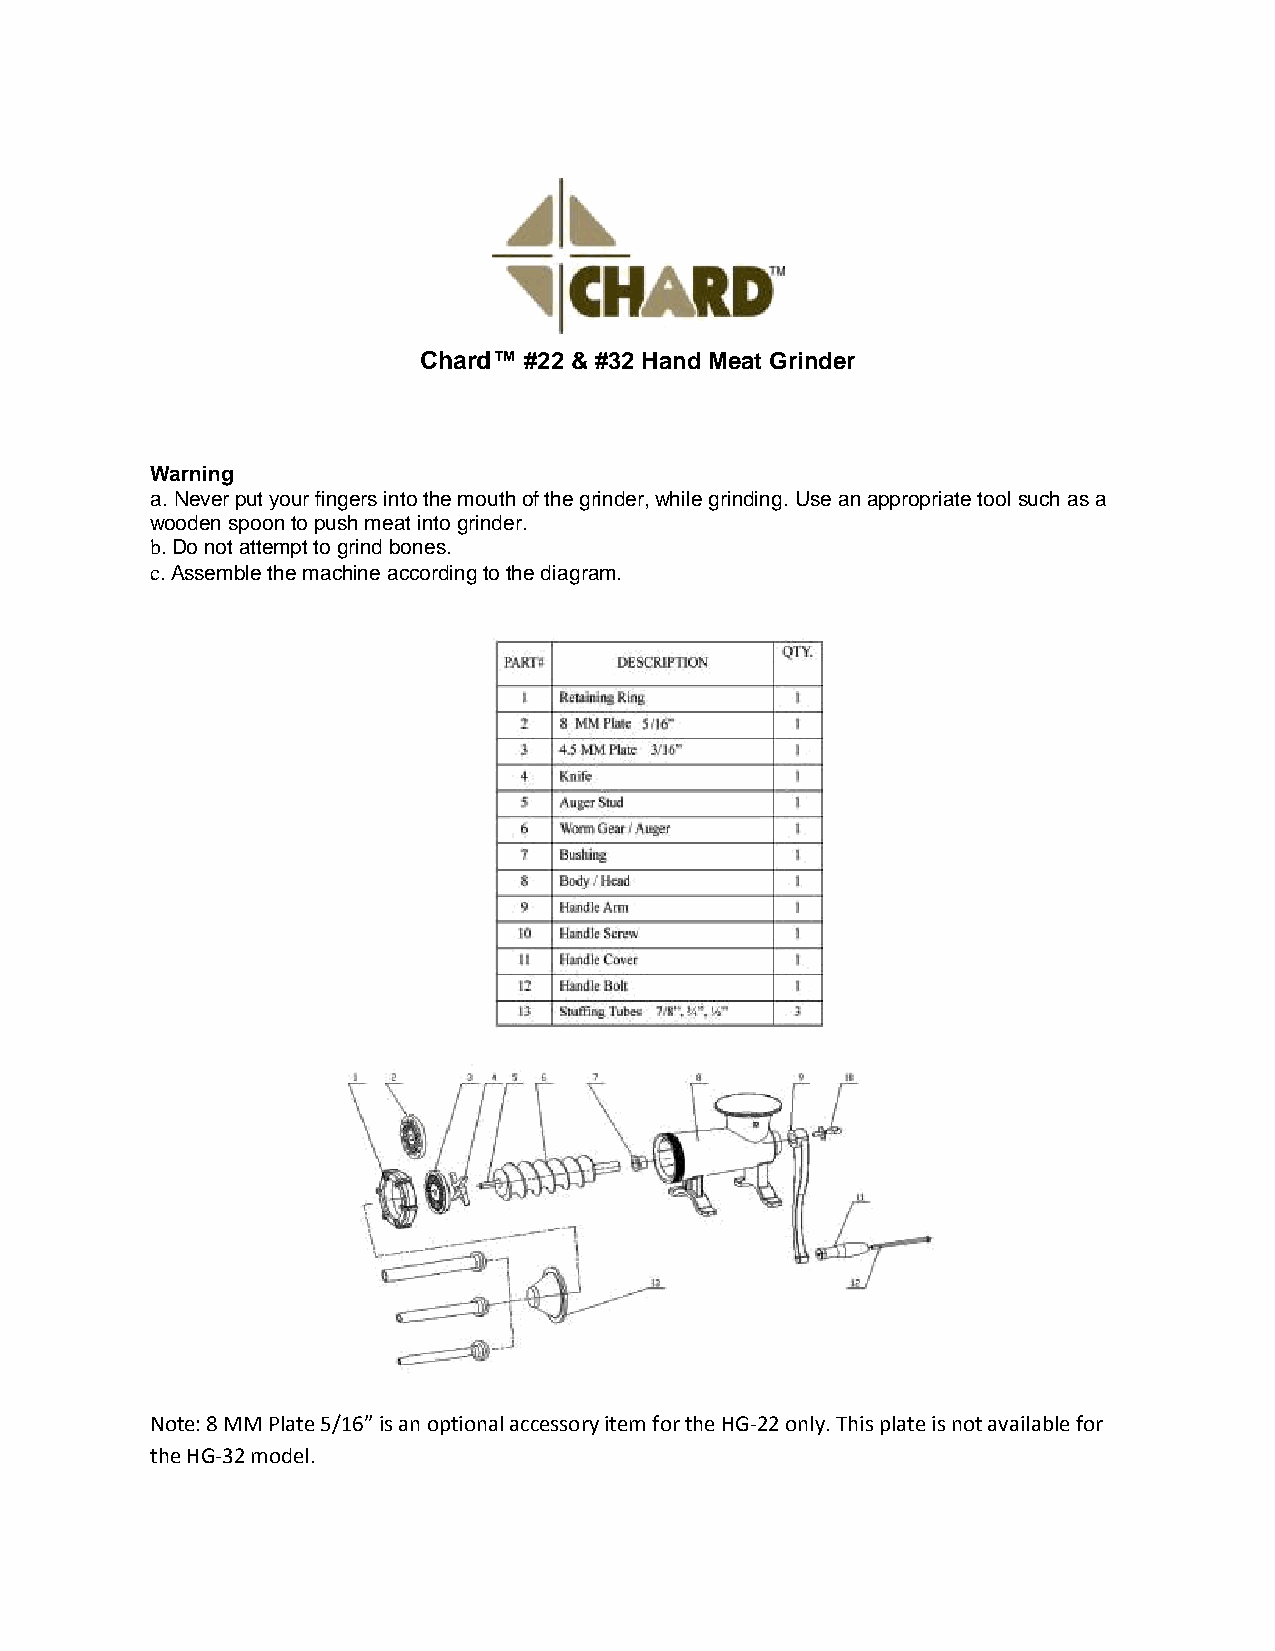
Chard™ #22 & #32 Hand Meat Grinder
 Warning
 a. Never put your fingers into the mouth of the grinder, while grinding. Use an appropriate tool such as a
 wooden spoon to push meat into grinder.
 b. Do not attempt to grind bones.
 c. Assemble the machine according to the diagram.
 Note: 8 MM Plate 5/16” is an optional accessory item for the HG-22 only. This plate is not available for
 the HG-32 model.